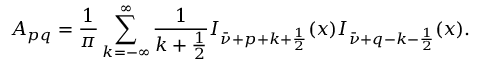
A _ { p q } = \frac 1 \pi \sum _ { k = - \infty } ^ { \infty } \frac 1 { k + \frac 1 2 } I _ { \bar { \nu } + p + k + \frac 1 2 } ( x ) I _ { \bar { \nu } + q - k - \frac 1 2 } ( x ) .